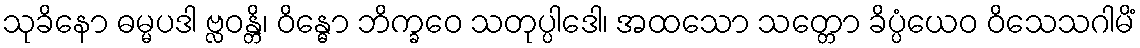
သုခိနော ဓမ္မပဒါ ဗ္လဝန္တိ၊ ဝိန္ဓော ဘိက္ခဝေ သတုပ္ပါဒေါ၊ အထသော သတ္တော ခိပ္ပံယေဝ ဝိသေသဂါမိံ